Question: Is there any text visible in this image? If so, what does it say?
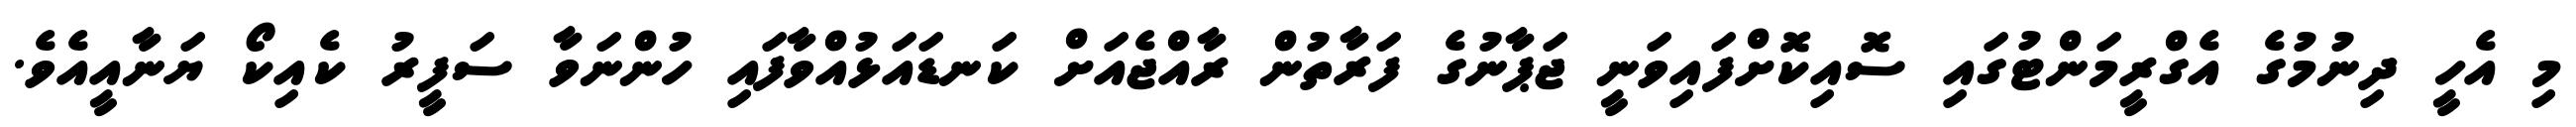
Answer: މި އެހީ ދިނުމުގެ އެގްރީމަންޓުގައި ސޮއިކޮށްފައިވަނީ ޖަޕާނުގެ ފަރާތުން ރާއްޖެއަށް ކަނޑައަޅުއްވާފައި ހުންނަވާ ސަފީރު ކެއިކޯ ޔަނާއީއެވެ.